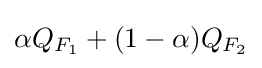
\alpha Q_{F_{1}}+(1-\alpha )Q_{F_{2}}